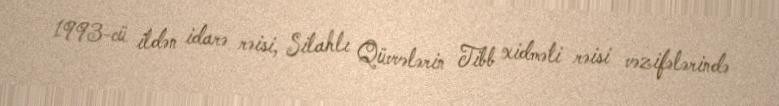
1993-cü ildən idarə rəisi, Silahlı Qüvvələrin Tibb xidməti rəisi vəzifələrində